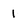
Character: 1